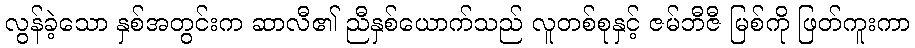
လွန်ခဲ့သော နှစ်အတွင်းက ဆာလီ၏ ညီနှစ်ယောက်သည် လူတစ်စုနှင့် ဇမ်ဘီဇီ မြစ်ကို ဖြတ်ကူးကာ